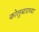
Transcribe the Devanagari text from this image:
कोलुबाराच्या